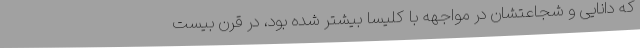
که دانایی و شجاعتشان در مواجهه با کلیسا بیشتر شده بود، در قرن بیست